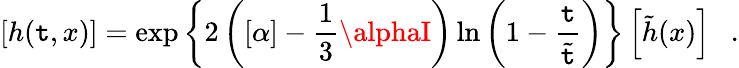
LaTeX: \left[h(\mathtt{t},x)\right]=\exp\left\{ 2\left([\alpha]-\frac{{1}}{{3}}\alphaI\right)\ln\left(1-\frac{{\mathtt{t}}}{{\tilde{{\mathtt{t}}}}}\right)\right\} \left[\tilde{{h}}(x)\right]~~~.